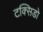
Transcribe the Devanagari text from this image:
टक्सिडो